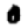
Digit: 0